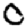
Digit: 0